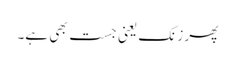
پھر زنک یعنی جست بھی ہے۔